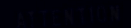
ATTENTION